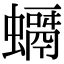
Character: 𧒘